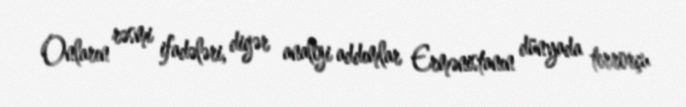
Onların rəsmi ifadələri, digər analoji addımlar Ermənistanın dünyada terrorçu